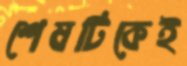
শেষটিকেই